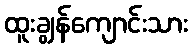
ထူးချွန်ကျောင်းသား